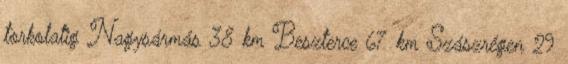
torkolatig Nagysármás 38 km Beszterce 67 km Szászrégen 29